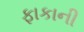
ફાકાની